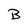
Character: B